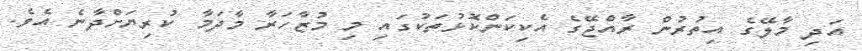
އަދި މާލޭގެ އިތުރުން ރާއްޖޭގެ އެކިކަންކޮޅުތަކުގައި މި މުޒާހަރާ މާދަމާ ކުރިޔަށްދާނެ އެވެ.